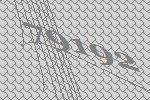
79192